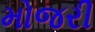
મોજરી